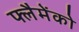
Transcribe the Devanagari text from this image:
फ्लैमेंको